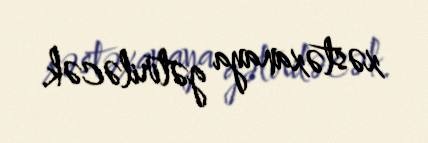
xəstəxanaya gətiriləcək.